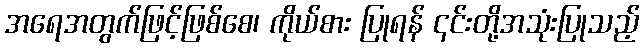
အရေအတွက်ဖြင့်ဖြစ်စေ၊ ကိုယ်စား ပြုရန် ၎င်းတို့အသုံးပြုသည့်